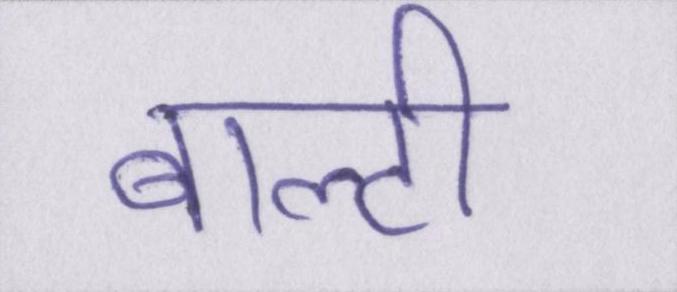
बाल्टी